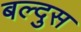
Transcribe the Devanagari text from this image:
बल्दुस